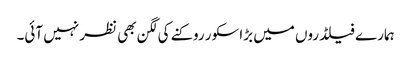
ہمارے فیلڈروں میں بڑا سکور روکنے کی لگن بھی نظر نہیں آئی۔